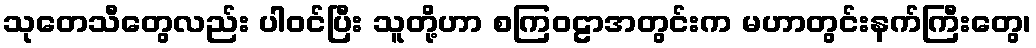
သုတေသီတွေလည်း ပါဝင်ပြီး သူတို့ဟာ စကြဝဠာအတွင်းက မဟာတွင်းနက်ကြီးတွေ၊